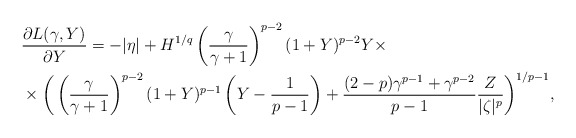
\begin{align*}&\frac{\partial L(\gamma,Y)}{\partial Y}=-|\eta|+H^{1/q}\left(\frac{\gamma}{\gamma+1}\right)^{p-2}(1+Y)^{p-2}Y\times\\&\times\bigg(\left(\frac{\gamma}{\gamma+1}\right)^{p-2}(1+Y)^{p-1}\left(Y-\frac{1}{p-1}\right)+\frac{(2-p)\gamma^{p-1}+\gamma^{p-2}}{p-1}\frac{Z}{|\zeta|^p}\bigg)^{1/p-1},\end{align*}